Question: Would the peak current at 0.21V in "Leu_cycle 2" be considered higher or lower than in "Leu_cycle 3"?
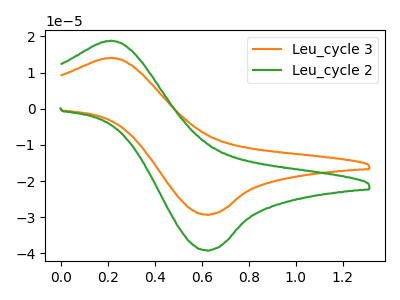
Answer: <think>The orange curve "Leu_cycle 3" has an anodic peak at (0.20V, 14.10uA) and a cathodic peak at (0.60V, -29.25uA). The green curve "Leu_cycle 2" has an anodic peak at (0.20V, 18.85uA) and a cathodic peak at (0.60V, -39.15uA).</think>
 <answer>The peak at 0.21V is higher in "Leu_cycle 2" than in "Leu_cycle 3".</answer>
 <eval>higher</eval>